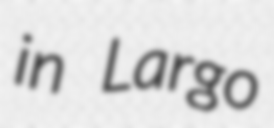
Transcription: in Largo